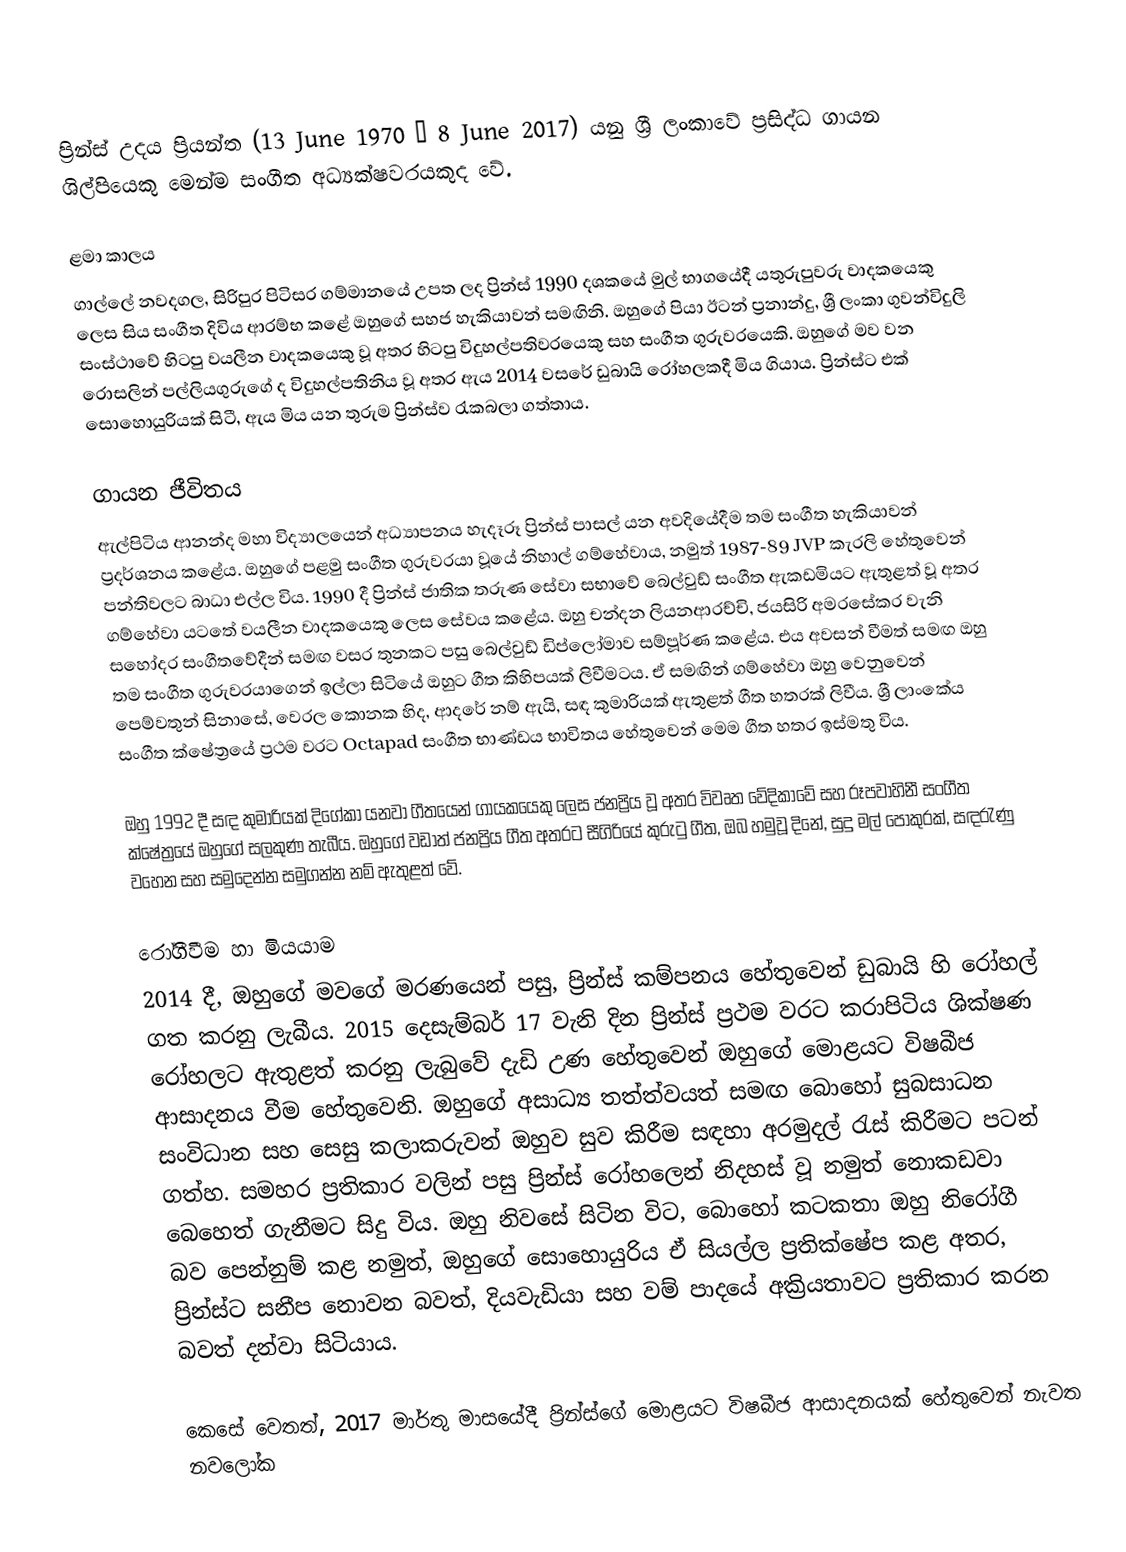
ප්‍රින්ස් උදය ප්‍රියන්ත (13 June 1970 – 8 June 2017) යනු ශ්‍රී ලංකාවේ ප්‍රසිද්ධ ගායන ශිල්පියෙකු මෙන්ම සංගීත අධ්‍යක්ෂවරයකුද වේ.

ළමා කාලය
ගාල්ලේ නවදගල, සිරිපුර පිටිසර ගම්මානයේ උපත ලද ප්‍රින්ස් 1990 දශකයේ මුල් භාගයේදී යතුරුපුවරු වාදකයෙකු ලෙස සිය සංගීත දිවිය ආරම්භ කළේ ඔහුගේ සහජ හැකියාවන් සමඟිනි.  ඔහුගේ පියා ඊටන් ප්‍රනාන්දු, ශ්‍රී ලංකා ගුවන්විදුලි සංස්ථාවේ හිටපු වයලීන වාදකයෙකු වූ අතර හිටපු විදුහල්පතිවරයෙකු සහ සංගීත ගුරුවරයෙකි. ඔහුගේ මව වන රොසලින් පල්ලියගුරුගේ ද විදුහල්පතිනිය වූ අතර ඇය 2014 වසරේ ඩුබායි රෝහලකදී මිය ගියාය.  ප්‍රින්ස්ට එක් සොහොයුරියක් සිටී, ඇය මිය යන තුරුම ප්‍රින්ස්ව රැකබලා ගත්තාය.

ගායන ජීවිතය
ඇල්පිටිය ආනන්ද මහා විද්‍යාලයෙන් අධ්‍යාපනය හැදෑරූ ප්‍රින්ස් පාසල් යන අවදියේදීම තම සංගීත හැකියාවන් ප්‍රදර්ශනය කළේය.  ඔහුගේ පළමු සංගීත ගුරුවරයා වූයේ නිහාල් ගම්හේවාය, නමුත් 1987-89 JVP කැරලි හේතුවෙන් පන්තිවලට බාධා එල්ල විය.  1990 දී ප්‍රින්ස් ජාතික තරුණ සේවා සභාවේ බෙල්වුඩ් සංගීත ඇකඩමියට ඇතුළත් වූ අතර ගම්හේවා යටතේ වයලීන වාදකයෙකු ලෙස සේවය කළේය.  ඔහු චන්දන ලියනආරච්චි, ජයසිරි අමරසේකර වැනි සහෝදර සංගීතවේදීන් සමඟ වසර තුනකට පසු බෙල්වුඩ් ඩිප්ලෝමාව සම්පූර්ණ කළේය.  එය අවසන් වීමත් සමඟ ඔහු තම සංගීත ගුරුවරයාගෙන් ඉල්ලා සිටියේ ඔහුට ගීත කිහිපයක් ලිවීමටය.  ඒ සමඟින් ගම්හේවා ඔහු වෙනුවෙන් පෙම්වතුන් සිනාසේ, ⁣වෙරල කොනක හිද, ආදරේ නම් ඇයි, සඳ කුමාරියක් ඇතුළත් ගීත හතරක් ලිවීය.  ශ්‍රී ලාංකේය සංගීත ක්ෂේත්‍රයේ ප්‍රථම වරට Octapad සංගීත භාණ්ඩය භාවිතය හේතුවෙන් මෙම ගීත හතර ඉස්මතු විය.

ඔහු 1992 දී සඳ කුමාරියක් දිගේකා යනවා ගීතයෙන් ගායකයෙකු ලෙස ජනප්‍රිය වූ අතර විවෘත වේදිකාවේ සහ රූපවාහිනී සංගීත ක්ෂේත්‍රයේ ඔහුගේ සලකුණ තැබීය. ඔහුගේ වඩාත් ජනප්‍රිය ගීත අතරට සීගිරියේ කුරුටු ගීත, ඔබ හමුවූ දිනේ, සුදු මල් පොකුරක්, සඳරැණු වහෙන සහ සමුදෙන්න සමුගන්න නම් ඇතුළත් වේ.

රෝගීවීම හා මියයාම
2014 දී, ඔහුගේ මවගේ මරණයෙන් පසු, ප්‍රින්ස් කම්පනය හේතුවෙන් ඩුබායි හි රෝහල් ගත කරනු ලැබීය.  2015 දෙසැම්බර් 17 වැනි දින ප්‍රින්ස් ප්‍රථම වරට කරාපිටිය ශික්ෂණ රෝහලට ඇතුළත් කරනු ලැබුවේ දැඩි උණ හේතුවෙන් ඔහුගේ මොළයට විෂබීජ ආසාදනය වීම හේතුවෙනි. ඔහුගේ අසාධ්‍ය තත්ත්වයත් සමඟ බොහෝ සුබසාධන සංවිධාන සහ සෙසු කලාකරුවන් ඔහුව සුව කිරීම සඳහා අරමුදල් රැස් කිරීමට පටන් ගත්හ.  සමහර ප්‍රතිකාර වලින් පසු ප්‍රින්ස් රෝහලෙන් නිදහස් වූ නමුත් නොකඩවා බෙහෙත් ගැනීමට සිදු විය. ඔහු නිවසේ සිටින විට, බොහෝ කටකතා ඔහු නිරෝගී බව පෙන්නුම් කළ නමුත්, ඔහුගේ සොහොයුරිය ඒ සියල්ල ප්‍රතික්ෂේප කළ අතර, ප්‍රින්ස්ට සනීප නොවන බවත්, දියවැඩියා සහ වම් පාදයේ අක්‍රියතාවට ප්‍රතිකාර කරන බවත් දන්වා සිටියාය.

කෙසේ වෙතත්, 2017 මාර්තු මාසයේදී ප්‍රින්ස්ගේ මොළයට විෂබීජ ආසාදනයක් හේතුවෙන් නැවත නවලෝක